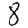
Digit: 8